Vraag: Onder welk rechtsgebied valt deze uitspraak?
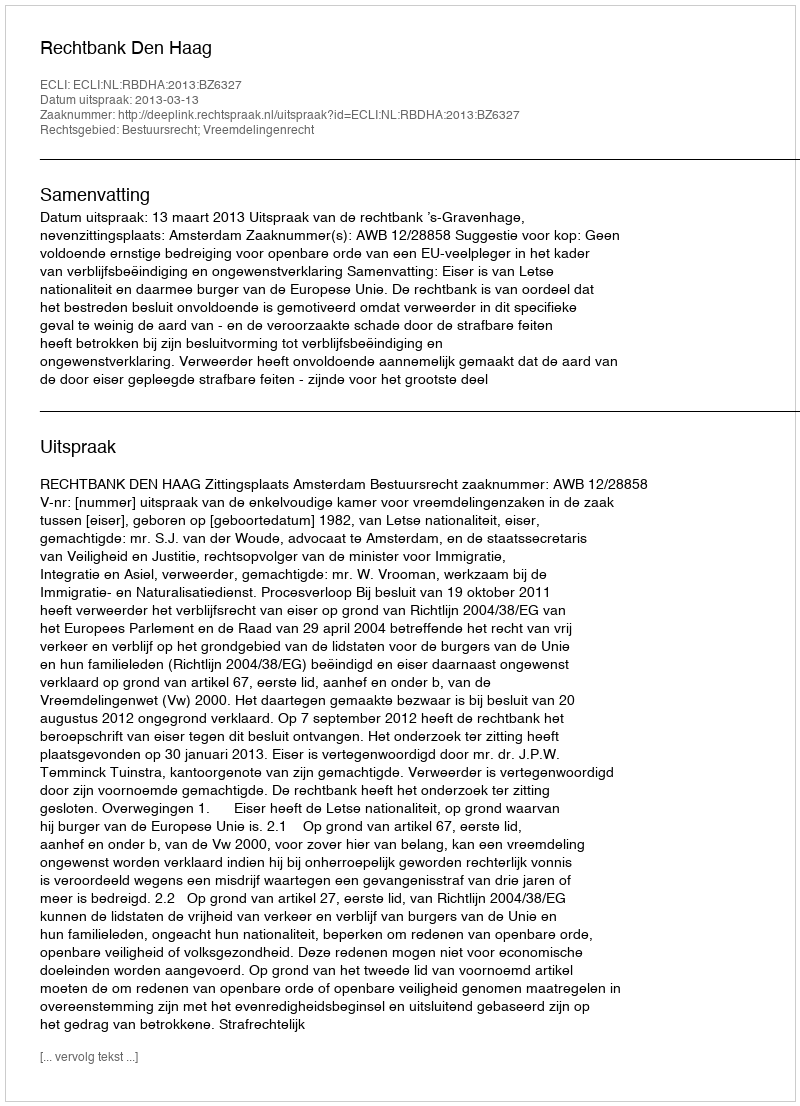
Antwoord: Bestuursrecht; Vreemdelingenrecht